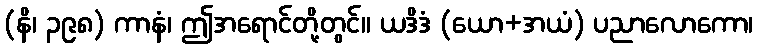
(နိ၊ ၃၉၈) ကာနံ၊ ဤအရောင်တို့တွင်။ ယဒိဒံ (ယော+အယံ) ပညာလောကော၊